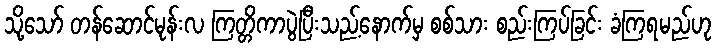
သို့သော် တန်ဆောင်မုန်းလ ကြတ္တိကာပွဲပြီးသည့်နောက်မှ စစ်သား စည်းကြပ်ခြင်း ခံကြရမည်ဟု